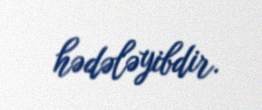
hədələyibdir.